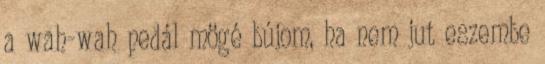
a wah-wah pedál mögé bújom, ha nem jut eszembe